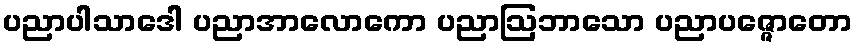
ပညာပါသာဒေါ ပညာအာလောကော ပညာဩဘာသော ပညာပဇ္ဇောတော